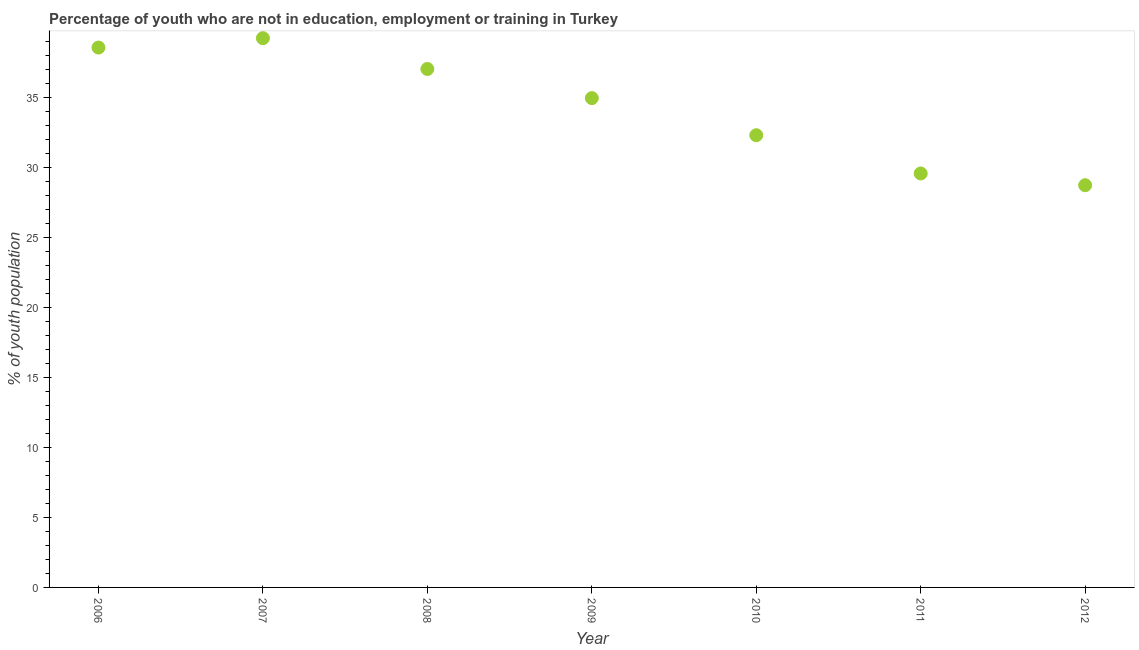
| Year | Unemployed youth |
 | --- | --- |
 | 2006 | 38.5 |
 | 2007 | 39.2 |
 | 2008 | 37 |
 | 2009 | 34.9 |
 | 2010 | 32.3 |
 | 2011 | 29.6 |
 | 2012 | 28.7 |